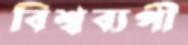
বিশ্বব্যপী